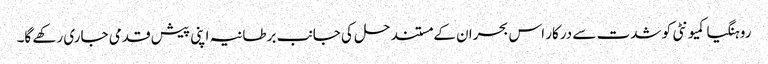
روہنگیا کمیونٹی کو شدت سے درکار اس بحران کے مستند حل کی جانب برطانیہ اپنی پیش قدمی جاری رکھے گا۔